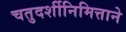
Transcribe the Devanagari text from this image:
चतुदर्शीनिमित्ताने